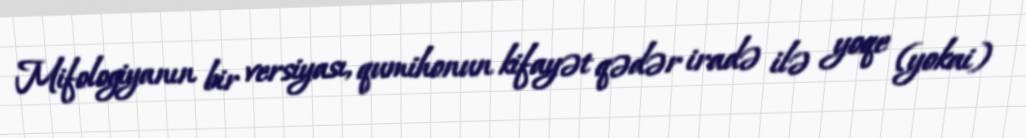
Mifologiyanın bir versiyası, qumihonun kifayət qədər iradə ilə yoqe (yokai)